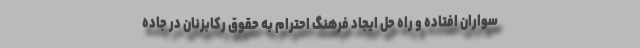
سواران افتاده و راه حل ایجاد فرهنگ احترام به حقوق رکابزنان در جاده